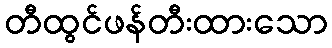
တီထွင်ဖန်တီးထားသော